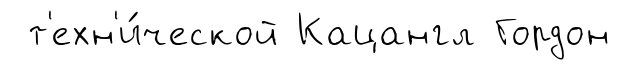
т'ехн'и́ческой Кацангл Гордон